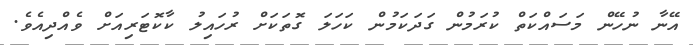
އޭނާ ނުހޭން މަސައްކަތް ކުރަމުން ގަދަކަމުން ކަހަލަ ގޮތަކަށް ރުހައިލު ކާކޮޓަރިއަށް ވެއްދިއެވެ.